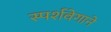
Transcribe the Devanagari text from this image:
स्पर्शवेगाने